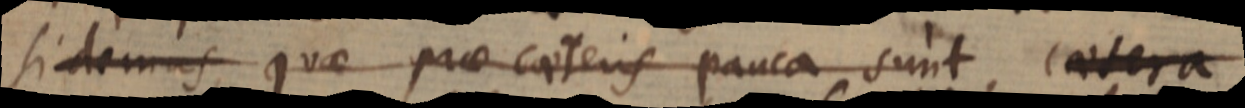
si demas, quae prae caeteris pauca sunt, caetera